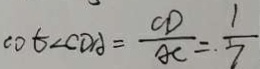
\cot \angle C D A = \frac { C D } { A C } = \frac { 1 } { 7 }